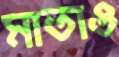
মাতাও